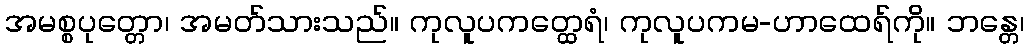
အမစ္စပုတ္တော၊ အမတ်သားသည်။ ကုလူပကတ္ထေရံ၊ ကုလူပကမ-ဟာထေရ်ကို။ ဘန္တေ၊